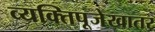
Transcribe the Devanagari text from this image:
व्यक्तिपूजेखातर